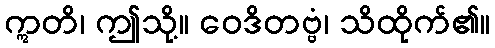
ဣတိ၊ ဤသို့။ ဝေဒိတဗ္ဗံ၊ သိထိုက်၏။